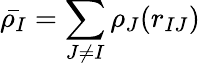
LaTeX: \bar{\rho_{I}}=\sum_{J\neq I}\rho_{J}(r_{IJ})